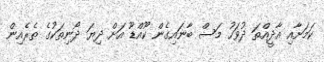
ކަމަށާއި އާދީއްތަ ދުވަހު މަސް ބާނައިގެން ކޫއްޑޫ އަށް ދިޔަ ދޯނިތަކުގެ ތެރެއިން